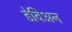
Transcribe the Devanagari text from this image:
डेविअन